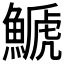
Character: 𩺛